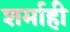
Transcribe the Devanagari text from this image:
शर्माही